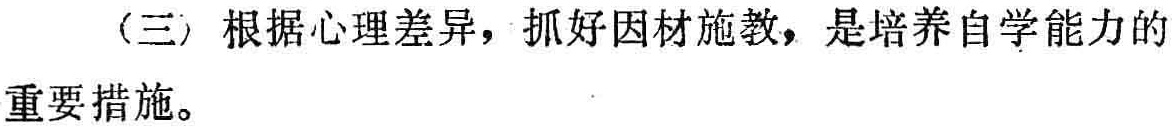
（三）根据心理差异，抓好因材施教，是培养自学能力的重要措施。